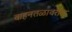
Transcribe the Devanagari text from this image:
वाहनतळावरील